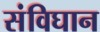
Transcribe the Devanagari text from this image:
संविघान